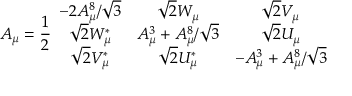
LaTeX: A _ { \mu } = \frac { 1 } { 2 } \begin{array} { c c c } { { - 2 A _ { \mu } ^ { 8 } / \sqrt { 3 } } } & { { \sqrt { 2 } W _ { \mu } } } & { { \sqrt { 2 } V _ { \mu } } } \\ { { \sqrt { 2 } W _ { \mu } ^ { * } } } & { { A _ { \mu } ^ { 3 } + A _ { \mu } ^ { 8 } / \sqrt { 3 } } } & { { \sqrt { 2 } U _ { \mu } } } \\ { { \sqrt { 2 } V _ { \mu } ^ { * } } } & { { \sqrt { 2 } U _ { \mu } ^ { * } } } & { { - A _ { \mu } ^ { 3 } + A _ { \mu } ^ { 8 } / \sqrt { 3 } } } \end{array}